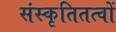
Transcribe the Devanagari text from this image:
संस्कृतितत्वों